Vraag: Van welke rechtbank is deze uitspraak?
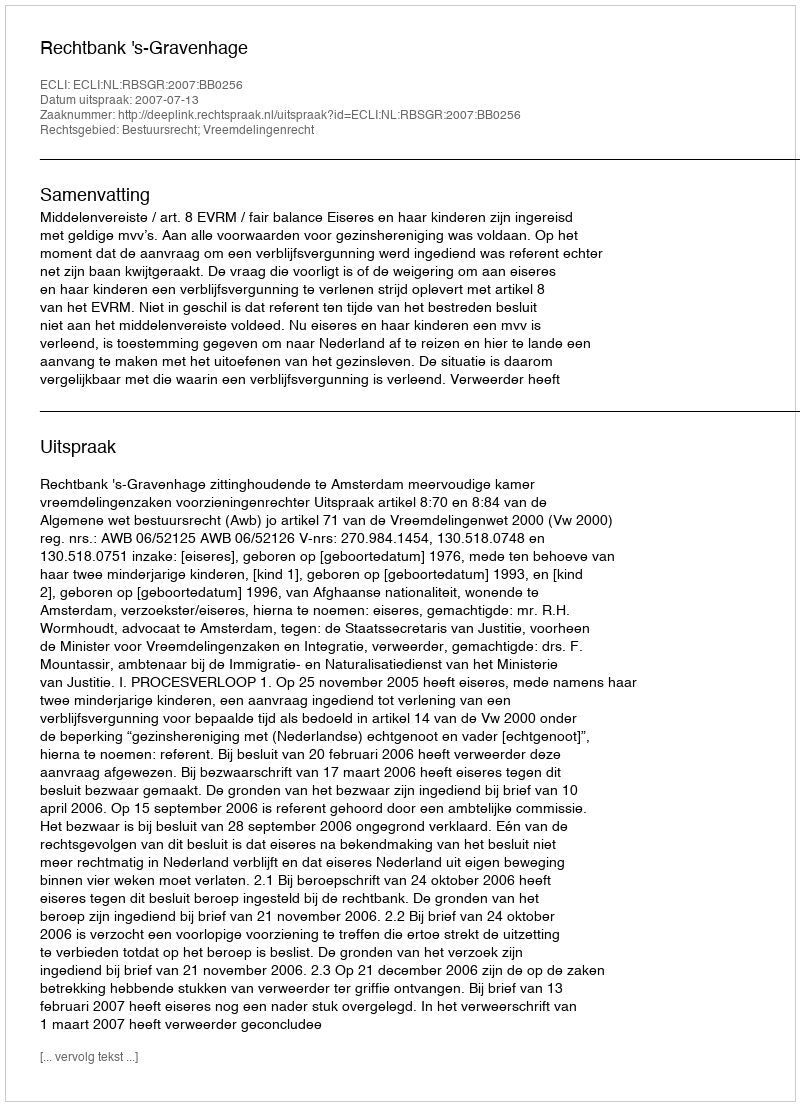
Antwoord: Rechtbank 's-Gravenhage